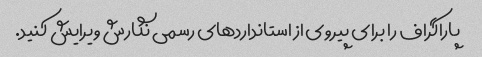
پاراگراف را برای پیروی از استانداردهای رسمی نگارش ویرایش کنید.